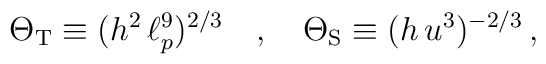
\Theta_{\rm T} \equiv (h^2 \, \ell_p^9)^{2/3} \quad , \quad \Theta_{\rm S}\equiv (h \, u^3)^{-2/3} \, ,